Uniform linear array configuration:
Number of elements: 32
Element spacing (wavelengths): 1
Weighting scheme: kaiser
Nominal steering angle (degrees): -60
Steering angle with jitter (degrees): -59.454
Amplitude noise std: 0.05
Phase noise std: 0.05

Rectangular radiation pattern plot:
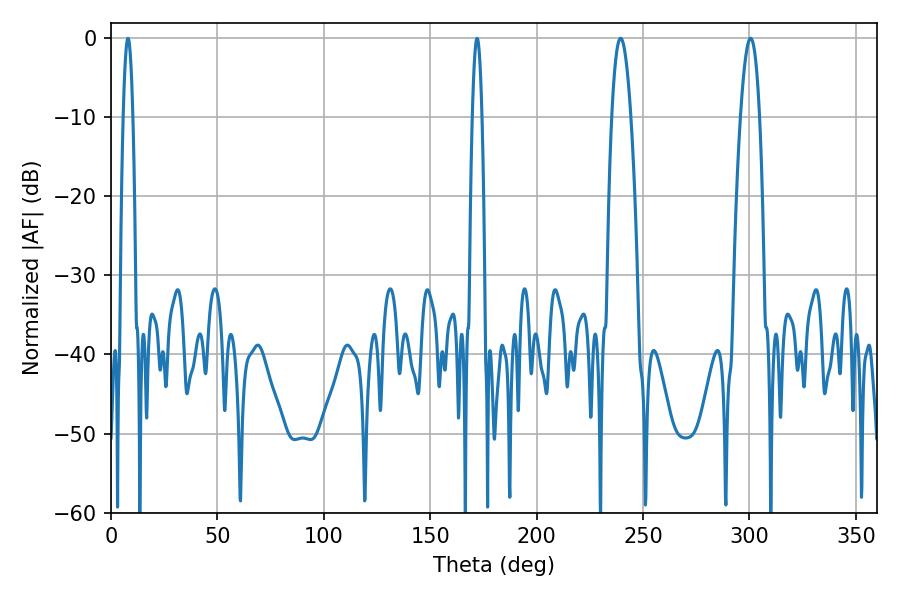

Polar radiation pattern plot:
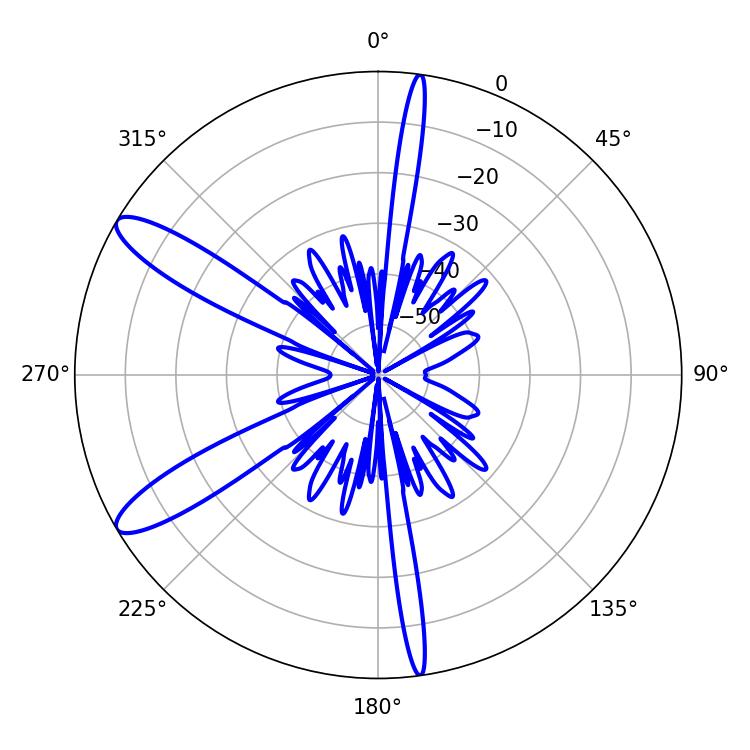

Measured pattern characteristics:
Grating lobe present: TRUE
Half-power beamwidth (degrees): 4.86
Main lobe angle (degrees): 239.4